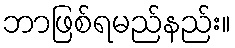
ဘာဖြစ်ရမည်နည်း။